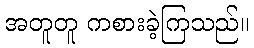
အတူတူ ကစားခဲ့ကြသည်။